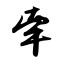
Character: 牵